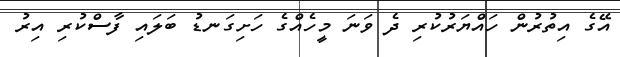
އޭގެ އިތުރުން ހައްޔަރުކުރި ދެ ވަނަ މީހެއްގެ ހަށިގަނޑު ބަލައި ފާސްކުރި އިރު